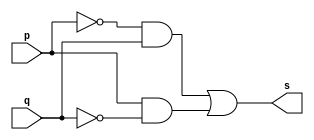
// ---------------------
// Exemplo 05_04 - xor
// Nome: xxx yyy zzz
// ---------------------

// ---------------------
// -- xor gate
// ---------------------

module xorgate (s, p, q);
 output s;
 input  p, q;
 wire   temp1, temp2;

 and AND1 ( temp1, ~p ,  q );
 and AND2 ( temp2,  p , ~q );
 or  OR1  ( s, temp1, temp2);

endmodule // xor

// ---------------------
// -- test xorgate
// ---------------------

module testxorgate;
 reg   a, b;
 wire  s;
          // instancia
 xor XOR1 (s, a, b);

 initial begin:start
      a=0; b=0;
 end

          // parte principal
 initial begin:main
      $display("Exemplo 05_04 - xxx yyy zzz - 999999");
      $display("Test xor gate");
      $display("\na ^ b = s\n");
      $monitor("%b ^ %b = %b", a, b, s);
  #1  a=0; b=1;
  #1  a=1; b=0;
  #1  a=1; b=1;

 end

endmodule // testxorgate